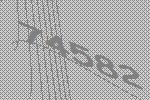
74582